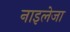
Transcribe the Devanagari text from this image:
नाइलेजा